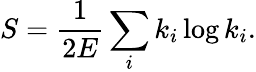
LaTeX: S=\frac{1}{2E}\sum_{i}k_{i}\log k_{i}.